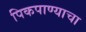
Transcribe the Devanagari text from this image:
पिकपाण्याचा